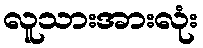
လူသားအားလုံး